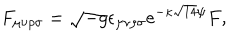
LaTeX: { F _ { \mu \nu \rho \sigma } = \sqrt { - g } \epsilon _ { \mu \nu \rho \sigma } e ^ { - \kappa \sqrt { 1 4 } \psi } F , }